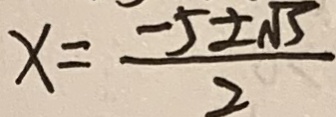
x = \frac { - 5 \pm \sqrt { 5 } } { 2 }